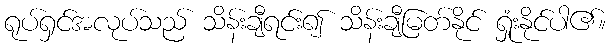
ရုပ်ရှင်အလုပ်သည် သိန်းချီရင်း၍ သိန်းချီမြတ်နိုင် ရှုံးနိုင်ပါ၏။